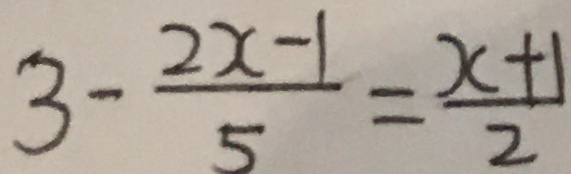
3 - \frac { 2 x - 1 } { 5 } = \frac { x + 1 } { 2 }